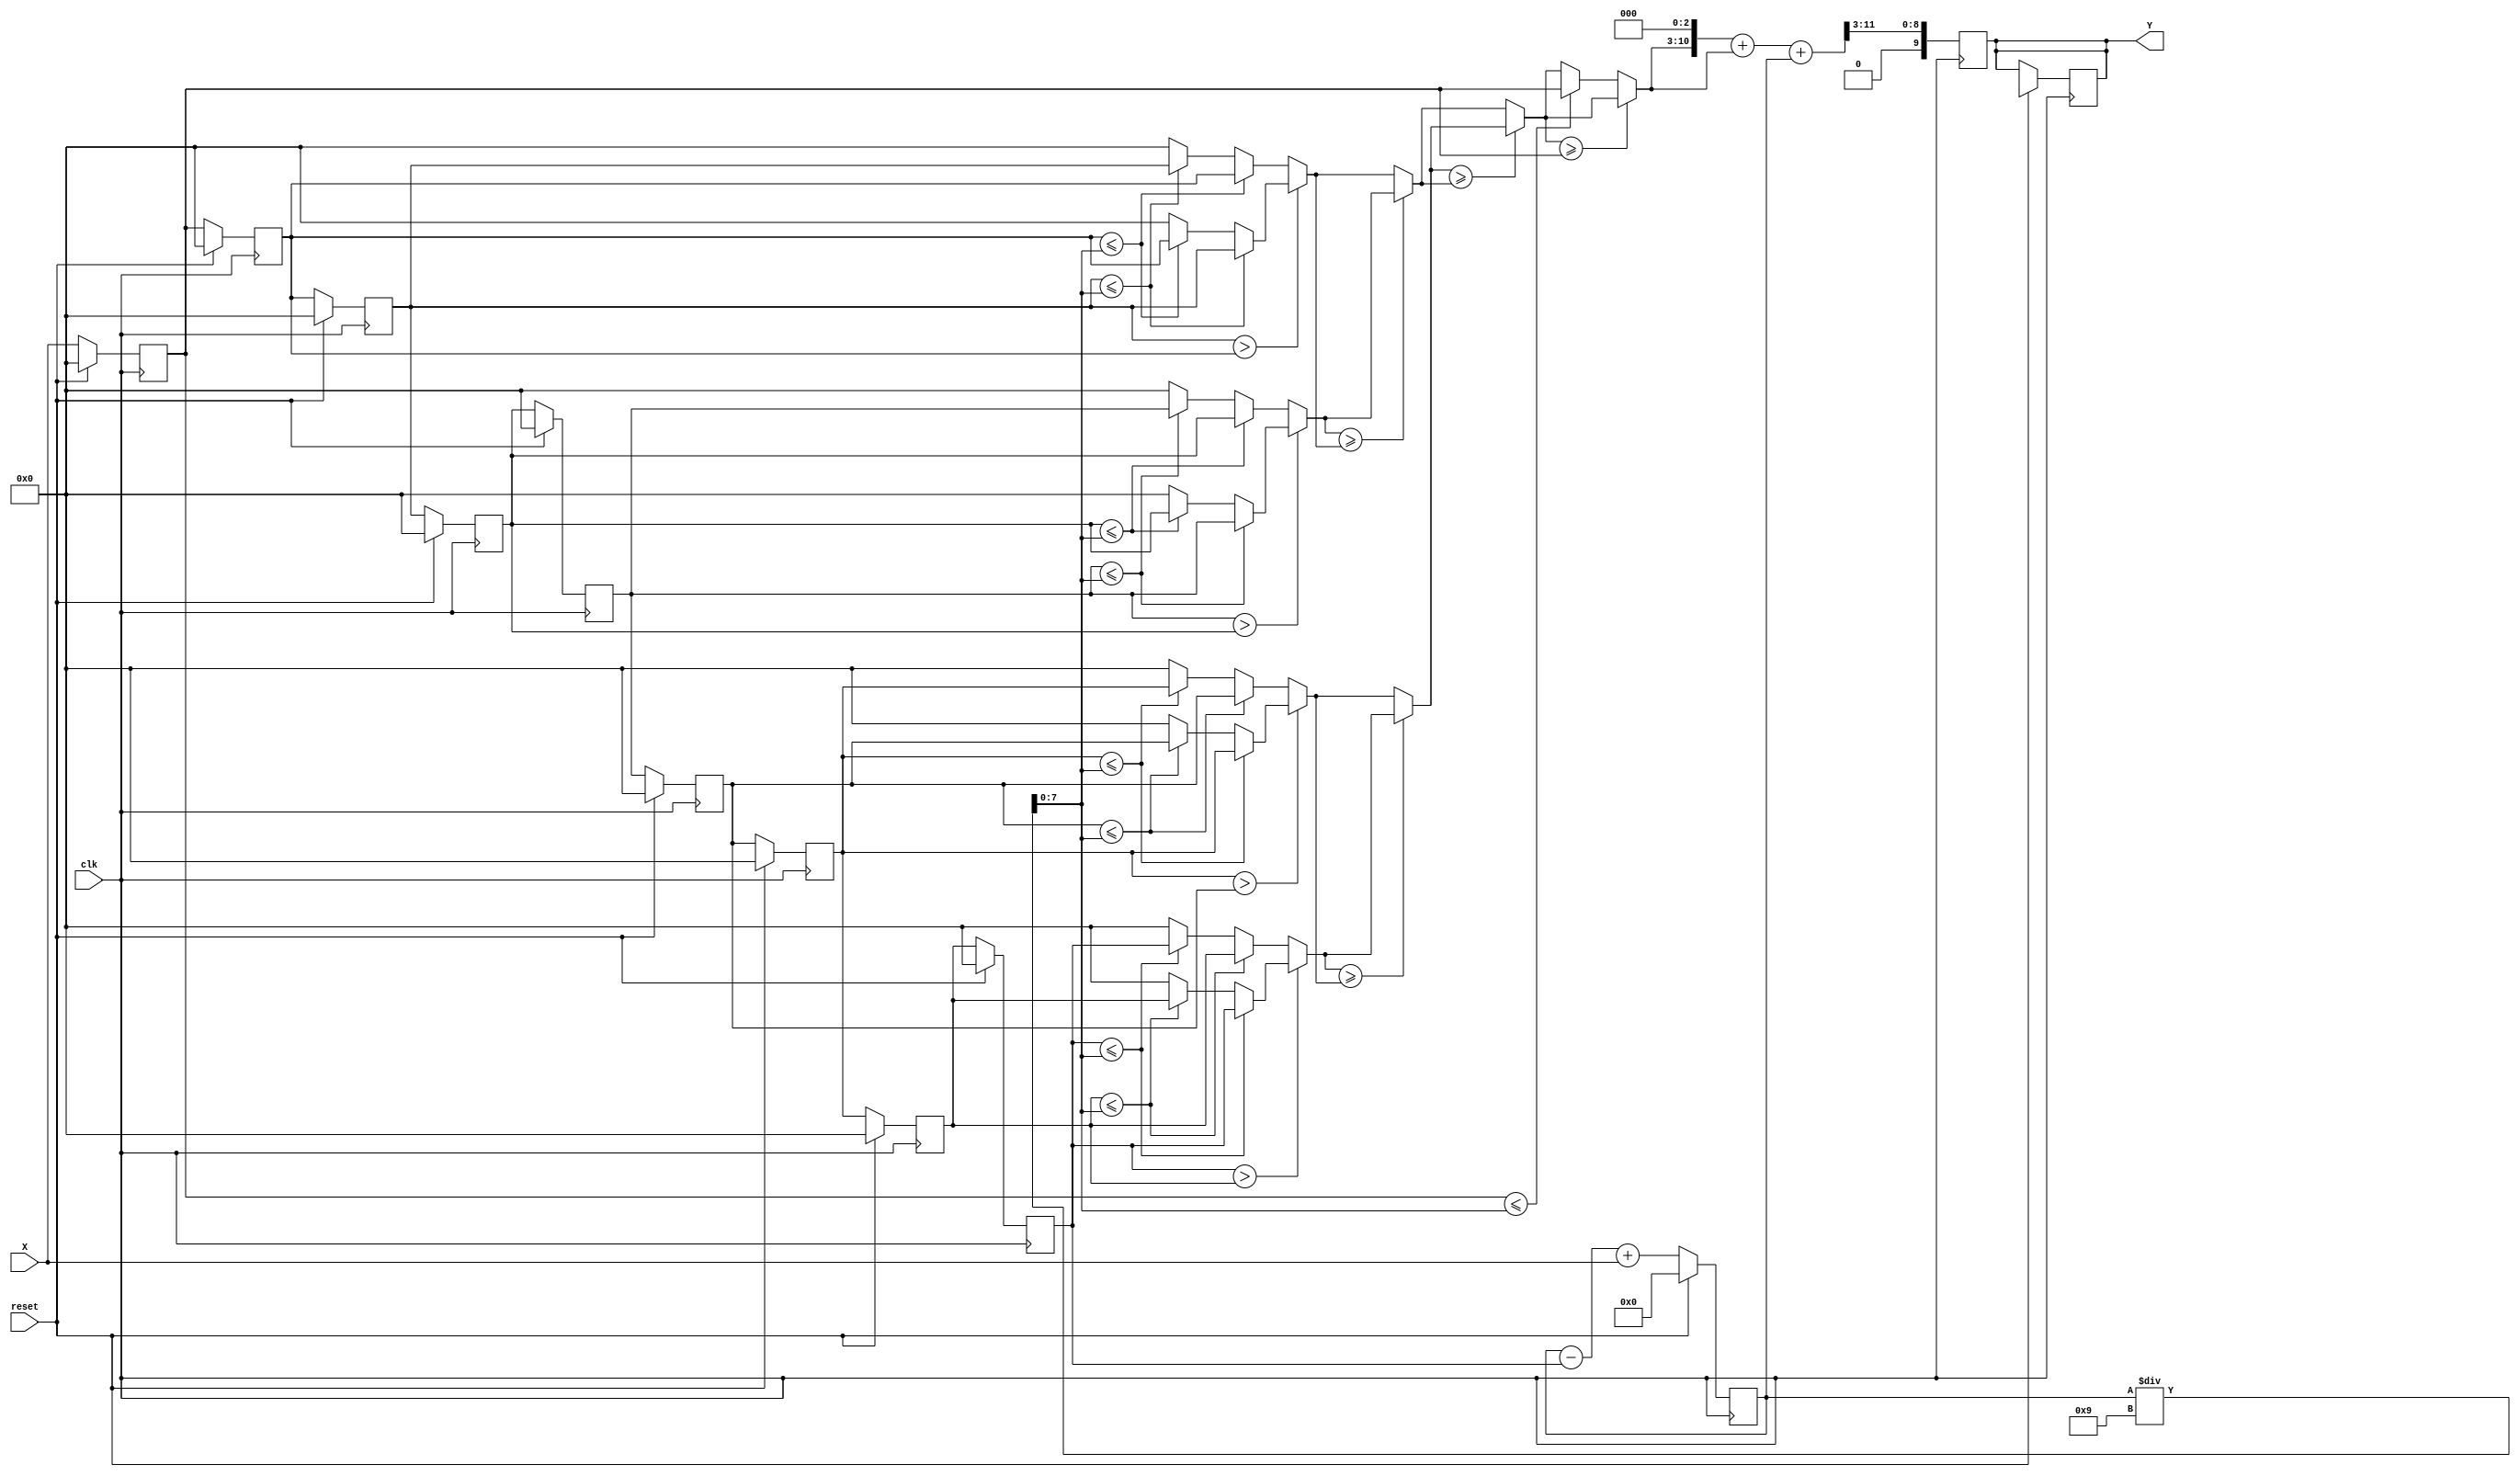
`timescale 1ns/10ps
`define RstEn 1'b1
`define RstDisEn 1'b0
`define Batch 9
`define MemAddrBus 0:8
`define InputBus 7:0
`define OutputBus 9:0
`define ZeroInput 8'b00000000
`define AllOneInput 8'b11111111

module CS(Y, X, reset, clk);

input clk,reset; 
input [`InputBus] X;
output reg [`OutputBus] Y;

reg [11:0] sum;
reg [`InputBus] mem[`MemAddrBus];

wire [`InputBus] avg;
assign avg = sum / `Batch;

wire[`InputBus] res1_1,res1_2,res1_3,res1_4,res2_1,res2_2,res3_1;
wire [`InputBus] appr;
assign res1_1 = (mem[0] > mem[1])? (mem[0] <= avg)? mem[0]:(mem[1] <= avg)? mem[1]:`ZeroInput : (mem[1] <= avg)? mem[1]:(mem[0] <= avg)? mem[0]:`ZeroInput;
assign res1_2 = (mem[2] > mem[3])? (mem[2] <= avg)? mem[2]:(mem[3] <= avg)? mem[3]:`ZeroInput : (mem[3] <= avg)? mem[3]:(mem[2] <= avg)? mem[2]:`ZeroInput;
assign res1_3 = (mem[4] > mem[5])? (mem[4] <= avg)? mem[4]:(mem[5] <= avg)? mem[5]:`ZeroInput : (mem[5] <= avg)? mem[5]:(mem[4] <= avg)? mem[4]:`ZeroInput;
assign res1_4 = (mem[6] > mem[7])? (mem[6] <= avg)? mem[6]:(mem[7] <= avg)? mem[7]:`ZeroInput : (mem[7] <= avg)? mem[7]:(mem[6] <= avg)? mem[6]:`ZeroInput;
assign res2_1 = (res1_1 >= res1_2)? res1_1 : res1_2;
assign res2_2 = (res1_3 >= res1_4)? res1_3 : res1_4;
assign res3_1 = (res2_1 >= res2_2)? res2_1 : res2_2;
assign appr = (res3_1 >= mem[8])? res3_1:(mem[8]<=avg)? mem[8]:res3_1;

wire [11:0] temp1;
assign temp1 = {appr,3'b0} + appr + sum;

always @(negedge clk) begin
	Y <= {3'b0,temp1[11:3]};
end

always @(posedge clk) begin

	if (reset == `RstEn) begin
	
		Y <= 10'bxxxxxxxxxx;
		sum <= 12'd0;
		
		mem[0] <= {`ZeroInput};
		mem[1] <= {`ZeroInput};
		mem[2] <= {`ZeroInput};
		mem[3] <= {`ZeroInput};
		mem[4] <= {`ZeroInput};
		mem[5] <= {`ZeroInput};
		mem[6] <= {`ZeroInput};
		mem[7] <= {`ZeroInput};
		mem[8] <= {`ZeroInput};
	end
	else begin
	
		sum <= sum - mem[0] + X;
		mem[0] <= mem[1];
		mem[1] <= mem[2];
		mem[2] <= mem[3];
		mem[3] <= mem[4];
		mem[4] <= mem[5];
		mem[5] <= mem[6];
		mem[6] <= mem[7];
		mem[7] <= mem[8];
		mem[8] <= X;
			
	end
end


endmodule